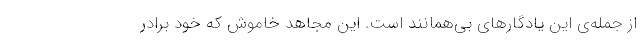
از جمله‌ی این یادگارهای بی‌همانند است. این مجاهد خاموش که خود برادر